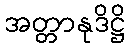
အတ္တာနုဒိဋ္ဌိ